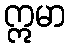
ဣမာ